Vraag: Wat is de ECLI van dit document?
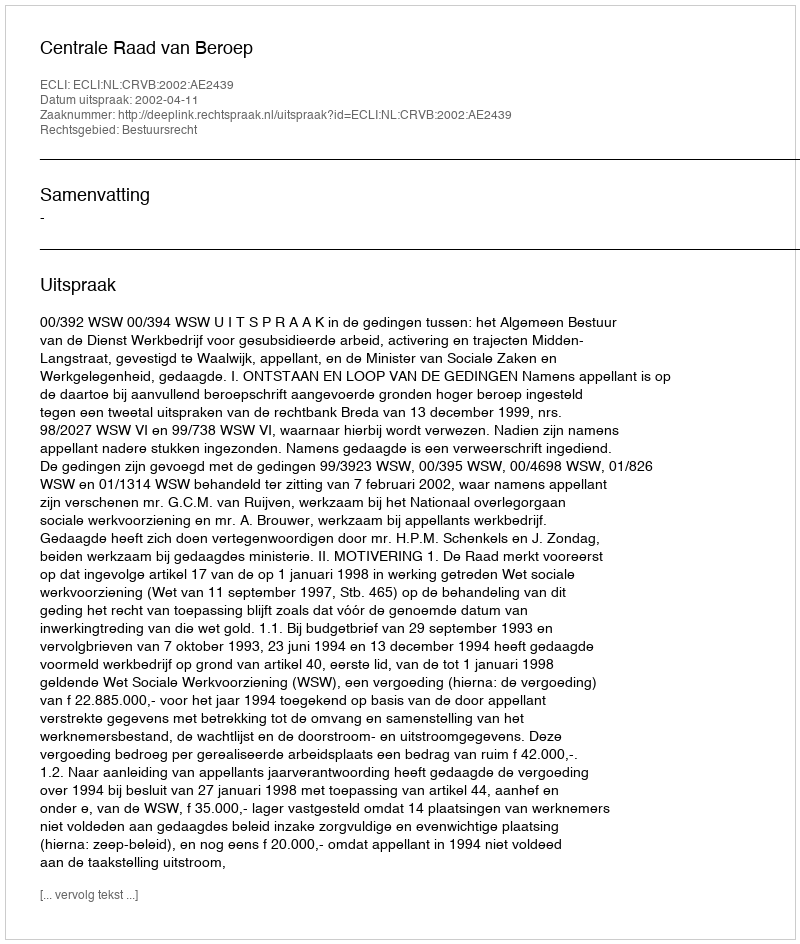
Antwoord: ECLI:NL:CRVB:2002:AE2439